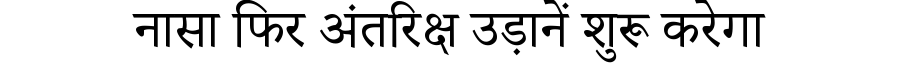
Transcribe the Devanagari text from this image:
नासा फिर अंतरिक्ष उड़ानें शुरू करेगा